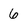
Character: 6